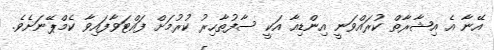
އޭނާ އެ އިޝާރާތް ކުރައްވަނީ އިންޑިއާ އަކީ ސާފުތާހިރު ކުރުމަށް ފައްޓަވާފައިވާ ކެމްޕޭނަށެވެ.